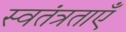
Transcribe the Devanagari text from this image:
स्वतंत्रताएँ